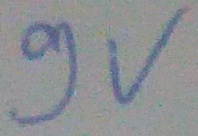
Text: 9V